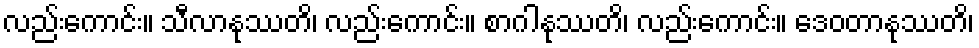
လည်းကောင်း။ သီလာနုဿတိ၊ လည်းကောင်း။ စာဂါနုဿတိ၊ လည်းကောင်း။ ဒေဝတာနုဿတိ၊